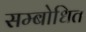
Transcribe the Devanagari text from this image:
सम्‍बोधित